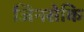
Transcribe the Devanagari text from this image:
जिनसेकि